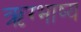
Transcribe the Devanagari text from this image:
ऋग्भाष्य